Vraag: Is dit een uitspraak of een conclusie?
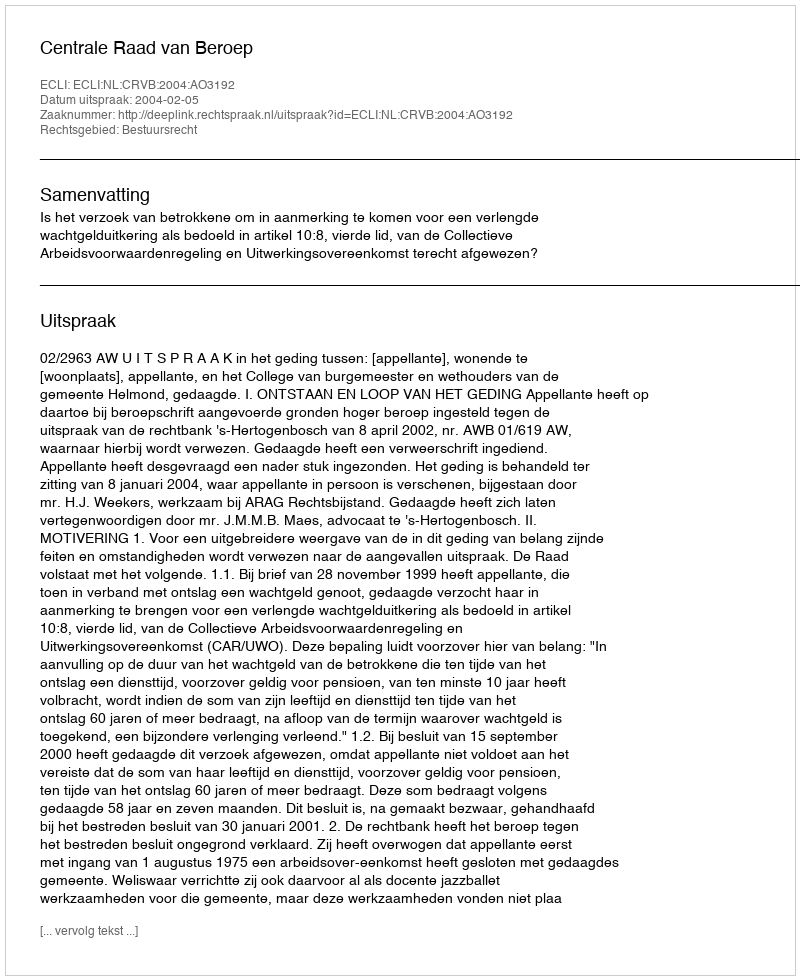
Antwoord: Uitspraak